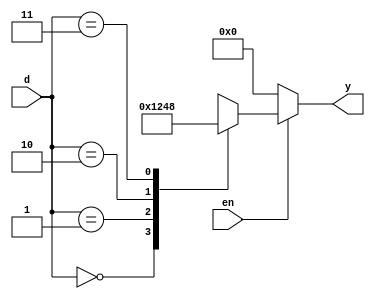
`timescale 1ns / 1ps
//////////////////////////////////////////////////////////////////////////////////
// Company: 
// Engineer: 
// 
// Design Name: 
// Module Name: decoder_24
// Project Name: 
// Target Devices: 
// Tool Versions: 
// Description: 
// 
// Dependencies: 
// 
// Revision:
// Revision 0.01 - File Created
// Additional Comments:
// 
//////////////////////////////////////////////////////////////////////////////////


module decoder_24_behav_1(input [1:0]d, input en, output reg [3:0]y);

always @(*)
begin
    if(~en)
    begin
        y = 4'b0000;
    end
    else
    begin
        case(d)
            2'b00: y = 4'b0001;
            2'b01: y = 4'b0010;
            2'b10: y = 4'b0100;
            2'b11: y = 4'b1000;
            default: y = 4'b0000;
        endcase
    end
end

endmodule

//////////////////////////////////////////////////////////////////////////////////

module decoder_24_behav_2(input [1:0]d, input en, output reg [3:0]y);

always @(*)
begin
    if(~en)
    begin
        y = 4'b0000;
    end
    else
    begin
        y = 4'b0001 << d;
    end
end

endmodule

//////////////////////////////////////////////////////////////////////////////////

module decoder_24_dataflow(input [1:0]d, input en, output [3:0]y);

assign y[3] = en & d[1] & d[0];
assign y[2] = en & d[1] & ~d[0];
assign y[1] = en & ~d[1] & d[0];
assign y[0] = en & ~d[1] & ~d[0];

endmodule

//////////////////////////////////////////////////////////////////////////////////

module decoder_24_struct(input [1:0]d, input en, output [3:0]y);

and a0(y[3], en, d[1], d[0]);
and a1(y[2], en, d[1], ~d[0]);
and a2(y[1], en, ~d[1], d[0]);
and a3(y[0], en, ~d[1], ~d[0]);

endmodule